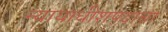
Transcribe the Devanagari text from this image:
न्यायाधीशपदाचा